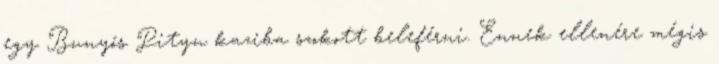
egy Bunyós Pityu kaziba szokott beleférni. Ennek ellenére mégis